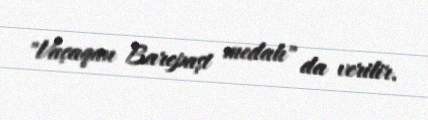
"Vaçaqan Barepaşt medalı" da verilir.